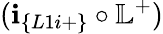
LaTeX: (\textbf{i}_{\{ L1i+\} }\circ\mathbb{L}^{+})